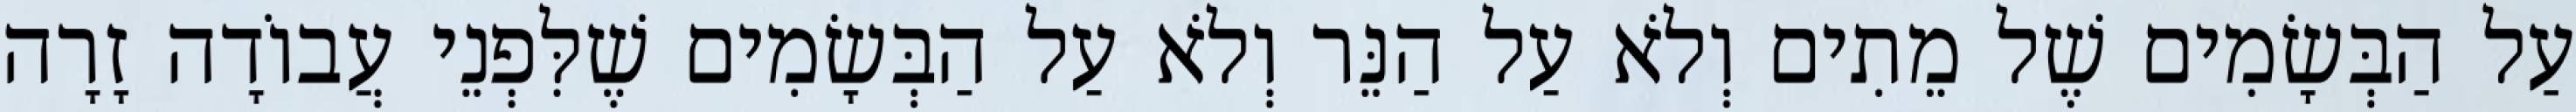
עַל הַבְּשָׂמִים שֶׁל מֵתִים וְלֹא עַל הַנֵּר וְלֹא עַל הַבְּשָׂמִים שֶׁלִּפְנֵי עֲבוֹדָה זָרָה